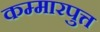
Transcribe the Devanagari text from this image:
कम्मारपुत्त